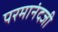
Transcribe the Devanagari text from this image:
परमानंदजी